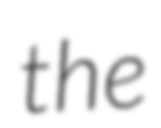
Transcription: the